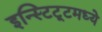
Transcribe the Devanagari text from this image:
इन्स्टिटूटमध्ये